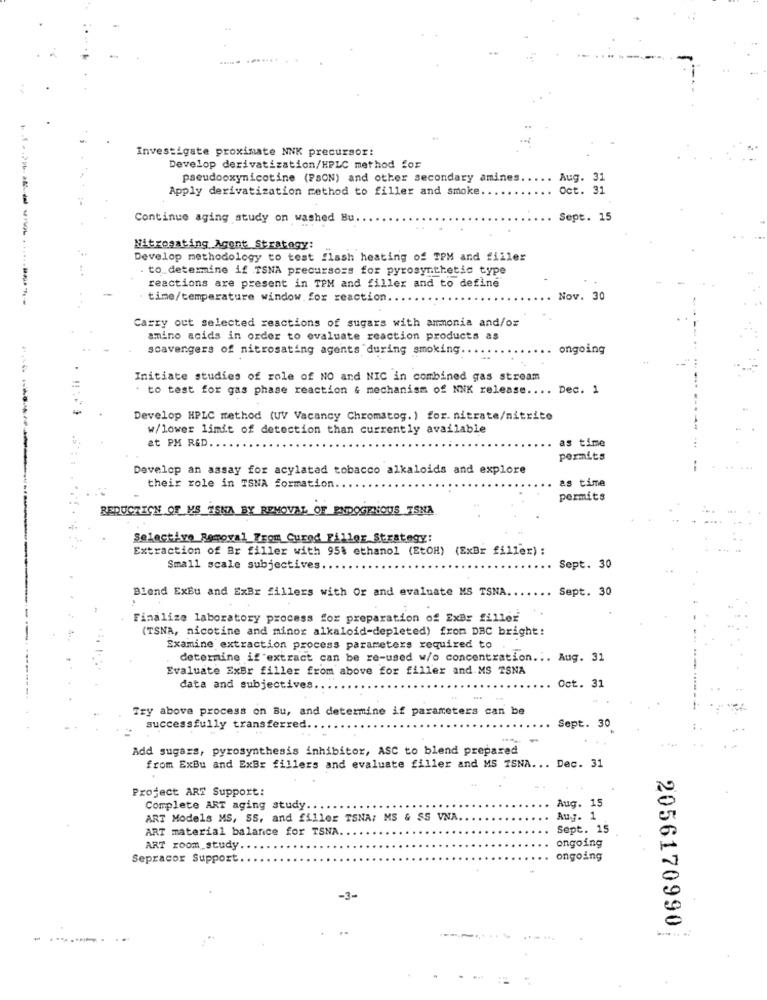
....... .
.. .
Investigate proximate NNK precursor:
Develop derivatization/HPLC method for
pseudooxynicotine (PSON) and other secondary amines.
Aug. 31
Apply derivatization method to filler and smoke.
Oct. 31
Continue aging study on washed Bu
Sept. 15
Nitrosating Agent Strategy:
Develop methodology to test flash heating of TPM and filler
to determine if TSNA precursors for pyrosynthetic type
reactions are present in TPM and filler and to define
---------
time/temperature window for reaction ..
Nov. 30
Carry out selected reactions of sugars with ammonia and/or
amino acids in order to evaluate reaction products as
scavengers of nitrosating agents during smoking ..
ongoing
Initiate studies of role of NO and NIC in combined gas stream
. to test for gas phase reaction & mechanism of NNK release ..
Dec. 1
Develop HPLC method (UV Vacancy Chromatog.) for. nitrate/nitrite
w/lower limit of detection than currently available
&t PM RED.
as time
permits
Develop an assay for acylatad tobacco alkaloids and explore
as time
their role in TSNA formation ..
permits
REDUCTION OF MS TSNA BY REMOVAL OF ENDOGENOUS TSNA
Selective Removal_Trom Cured Filler Strategy:
Extraction of Br filler with 95% ethanol (EtOH) (ExBr filler) :
Small scale subjectives.
Sept. 30
Blend ExEu and ExBr fillers with Or and evaluate MS TSNA
Sept. 30
Finalize laboratory process for preparation of ExBr filloż
(TSNA, nicotine and minor alkaloid-depleted) from DBC bright:
Examine extraction process parameters required to
determine if extract can be re-used w/o concentration ... Aug. 31
Evaluate ExBr filler from above for filler and MS TSNA
Oct. 31
data and subjectives ..
Try above process on Bu, and determine if parameters can be
successfully transferred.
Sept. 30
Add sugars, pyrosynthesis inhibitor, ASC to blend prepared
from ExBu and ExBr fillers and evaluate filler and MS ISNA ... Dec. 31
Project ART Support:
Aug. 15
Complete ART aging study.
ART Models MS, SS, and filler TSNA: MS & SS VNA.
Aug. 1
ART material balance for TSNA
Sept. 15
ART room_study.
ongoing
Sepracor Support
ongoing
-3-
2056170990
. ...